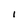
Character: I